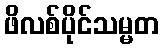
ဖိလစ်ပိုင်သမ္မတ